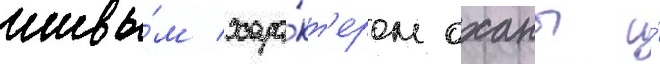
живы́м хара́кт'ером оханы и́